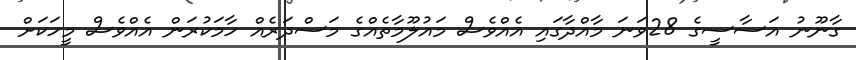
ގާނޫނު އަސާސީގެ 28ވަނަ މާއްދާގައި އެއްވެސް މައުލޫމާތެއްގެ މަސްދަރެއް ހާމަކުރަން އެއްވެސް މީހަކަށް